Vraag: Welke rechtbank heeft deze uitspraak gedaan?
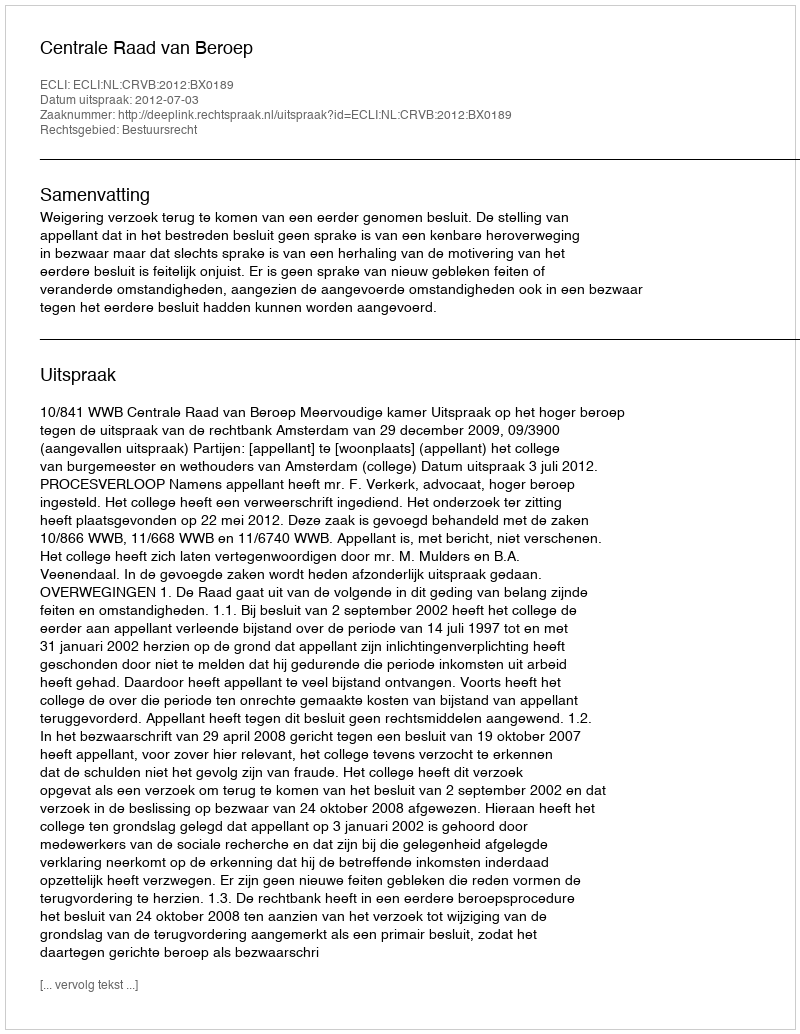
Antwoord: Centrale Raad van Beroep